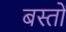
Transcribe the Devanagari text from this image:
बस्तों